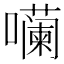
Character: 𪢠